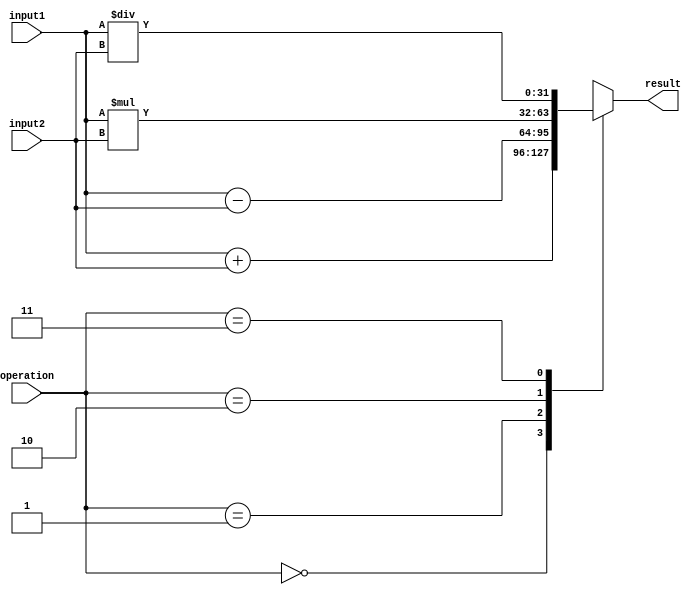
module FixedPointRoundingUnit (
    input wire [31:0] input1,
    input wire [31:0] input2,
    input wire [1:0] operation, // 00: addition, 01: subtraction, 10: multiplication, 11: division
    output reg [31:0] result
);

always @(*) begin
    case(operation)
        2'b00: result = input1 + input2; // Addition
        2'b01: result = input1 - input2; // Subtraction
        2'b10: result = input1 * input2; // Multiplication
        2'b11: result = input1 / input2; // Division
        default: result = 0; // Default case
    endcase
end

endmodule